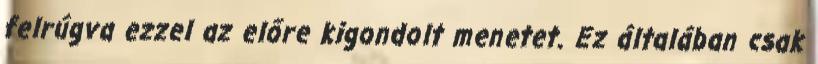
felrúgva ezzel az előre kigondolt menetet. Ez általában csak